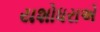
યશોધરાએ